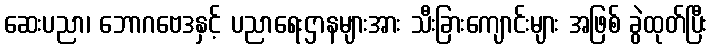
ဆေးပညာ၊ ဘောဂဗေဒနှင့် ပညာရေးဌာနများအား သီးခြားကျောင်းများ အဖြစ် ခွဲထုတ်ပြီး